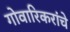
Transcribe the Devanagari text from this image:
गोवारिकरांचे